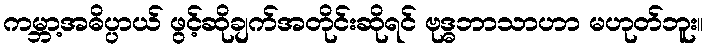
ကမ္ဘာ့အဓိပ္ပာယ် ဖွင့်ဆိုချက်အတိုင်းဆိုရင် ဗုဒ္ဓဘာသာဟာ မဟုတ်ဘူး။